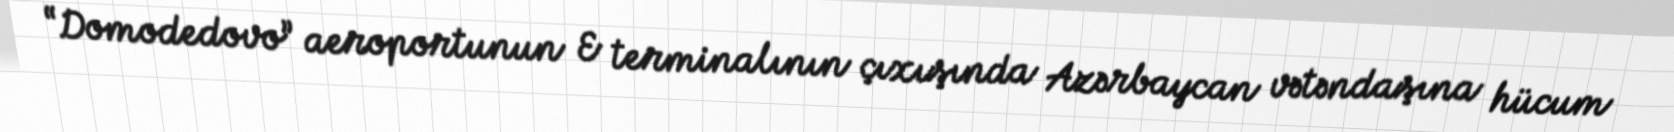
“Domodedovo” aeroportunun E terminalının çıxışında Azərbaycan vətəndaşına hücum